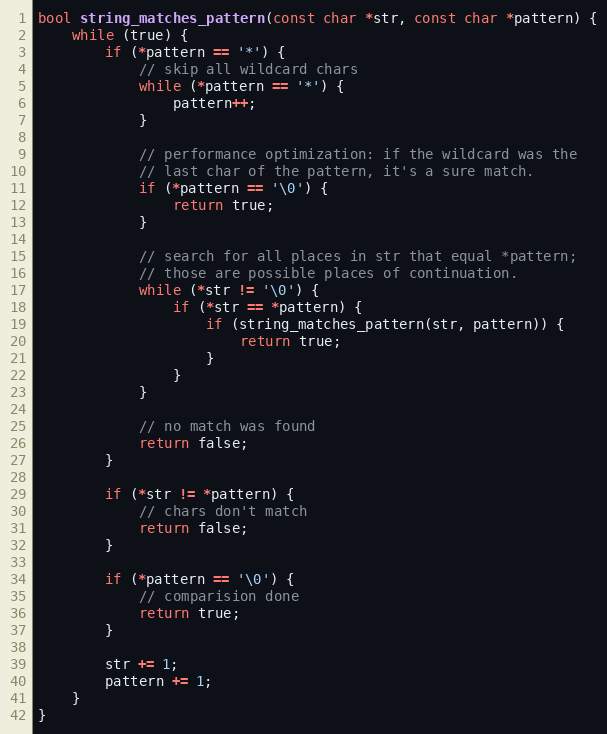
Language: C++
bool string_matches_pattern(const char *str, const char *pattern) {
	while (true) {
		if (*pattern == '*') {
			// skip all wildcard chars
			while (*pattern == '*') {
				pattern++;
			}

			// performance optimization: if the wildcard was the
			// last char of the pattern, it's a sure match.
			if (*pattern == '\0') {
				return true;
			}

			// search for all places in str that equal *pattern;
			// those are possible places of continuation.
			while (*str != '\0') {
				if (*str == *pattern) {
					if (string_matches_pattern(str, pattern)) {
						return true;
					}
				}
			}

			// no match was found
			return false;
		}

		if (*str != *pattern) {
			// chars don't match
			return false;
		}

		if (*pattern == '\0') {
			// comparision done
			return true;
		}

		str += 1;
		pattern += 1;
	}
}